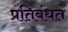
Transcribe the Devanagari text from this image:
प्रतिबंधत